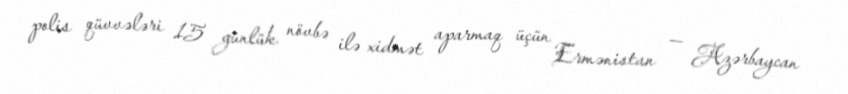
polis qüvvələri 15 günlük növbə ilə xidmət aparmaq üçün Ermənistan — Azərbaycan